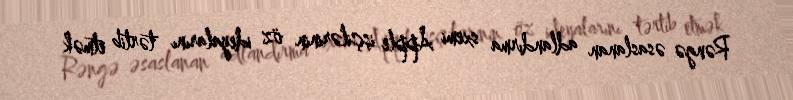
Rəngə əsaslanan adlandırma sxemi Apple işçilərinin öz ideyalarını tərtib etmək